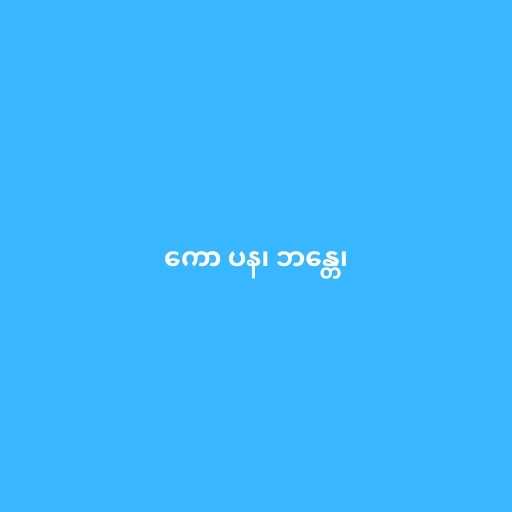
ကော ပန၊ ဘန္တေ၊